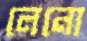
লেনো